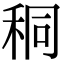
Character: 秱